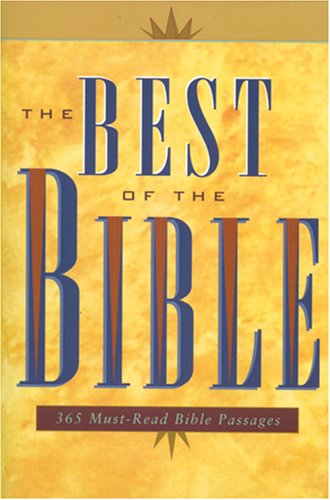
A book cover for The Best of the Bible; Tyndale House Publishers; Christian Books & Bibles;